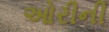
ઓરીની